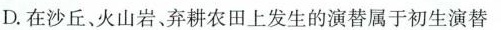
D.在沙丘、火山岩、弃耕农田上发生的演替属于初生演替